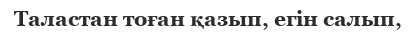
Таластан тоған қазып, егін салып,